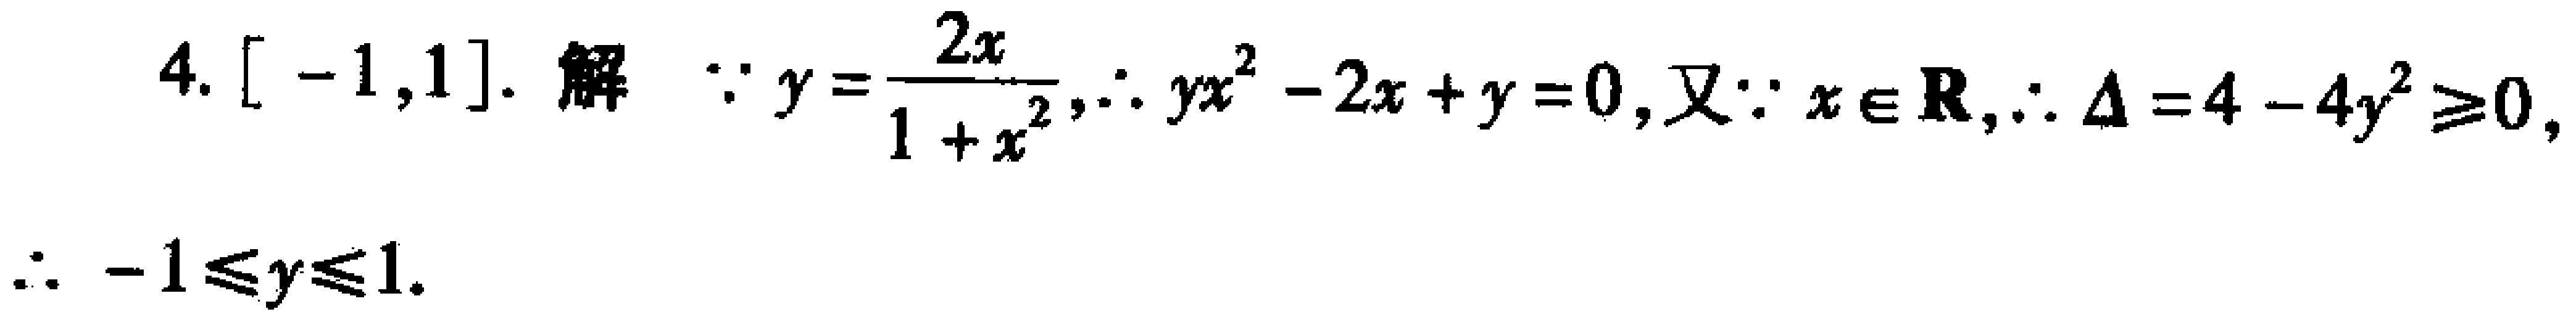
4. $[-1,1]$. 解 $\because y = \frac{2x}{1 + x^{2}},\therefore yx^{2}-2x + y = 0$, 又 $\because x\in\mathbf{R},\therefore \Delta=4 - 4y^{2}\geqslant0$, $\therefore - 1\leqslant y\leqslant1$.